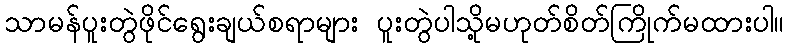
သာမန်ပူးတွဲဖိုင်ရွေးချယ်စရာများ ပူးတွဲပါသို့မဟုတ်စိတ်ကြိုက်မထားပါ။